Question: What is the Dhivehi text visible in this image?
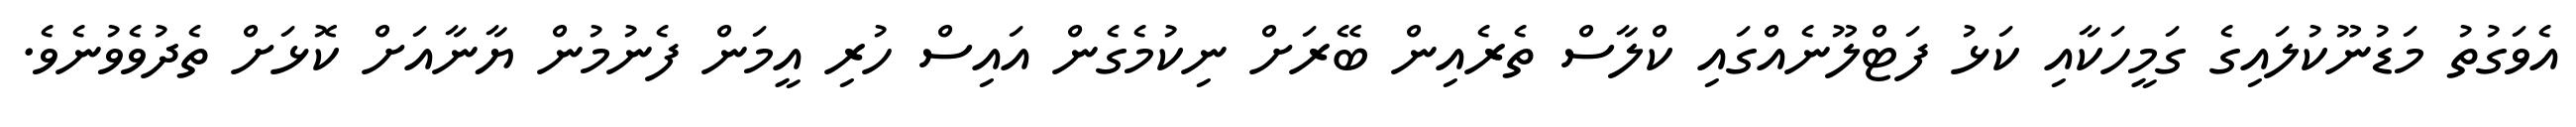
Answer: އެވަގުތު މަޑުނޫކުލައިގެ ގަމީހަކާއި ކަޅު ފަޓްލޫނެއްގައި ކްލާސް ތެރެއިން ބޭރަށް ނިކުމެގެން އައިސް ހުރި އީމަން ފެނުމުން ޔާނާއަށް ކޮޅަށް ތެދުވެވުނެވެ.